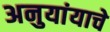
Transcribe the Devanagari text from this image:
अनुयांयाचे